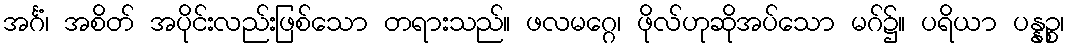
အင်္ဂံ၊ အစိတ် အပိုင်းလည်းဖြစ်သော တရားသည်။ ဖလမဂ္ဂေ၊ ဖိုလ်ဟုဆိုအပ်သော မဂ်၌။ ပရိယာ ပန္နဉ္စ၊